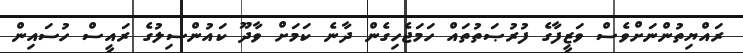
ރައްޔިތުންނަށްވެސް ވަޒީފާގެ ފުރުޞަތުތައް ހަމަޖެހިގެން ދާނެ ކަމަށް ވާދޫ ކައުންސިލުގެ ރައީސް ހުސައިން